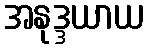
အနုဒ္ဒယာယ